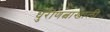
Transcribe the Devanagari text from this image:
धुरीणत्वाखाली